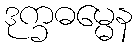
ဒုက္ခဓမ္မေန